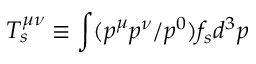
T _ { s } ^ { \mu \nu } \equiv \int ( p ^ { \mu } p ^ { \nu } / p ^ { 0 } ) f _ { s } d ^ { 3 } p